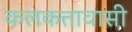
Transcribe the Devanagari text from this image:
कलकत्तावासी